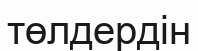
төлдердін